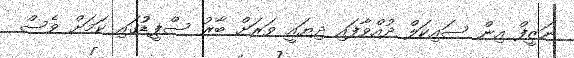
ނަޒީފް އިން ސައިކަލް ދުއްވާފައި ދިޔައީ ވަރަށް ބާރު ސްޕީޑުުގައި ކަމަށް ވެސް